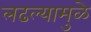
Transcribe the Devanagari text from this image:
लढल्यामुळे